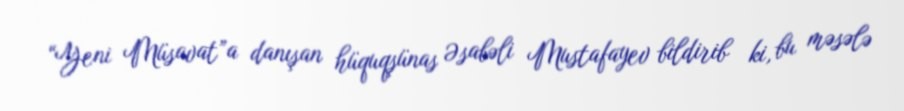
“Yeni Müsavat”a danışan hüquqşünas Əsabəli Mustafayev bildirib ki, bu məsələ